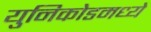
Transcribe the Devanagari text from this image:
युनिकोडमध्‍ये